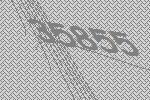
35855